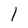
Character: l